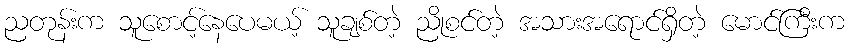
ညတုန်းက သူစောင့်နေပေမယ့် သူချစ်တဲ့ ညိုစင်တဲ့ အသားအရောင်ရှိတဲ့ မောင်ကြီးက